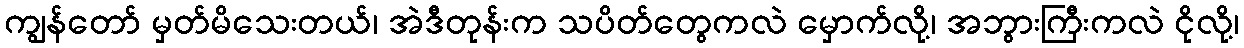
ကျွန်တော် မှတ်မိသေးတယ်၊ အဲဒီတုန်းက သပိတ်တွေကလဲ မှောက်လို့၊ အဘွားကြီးကလဲ ငိုလို့၊